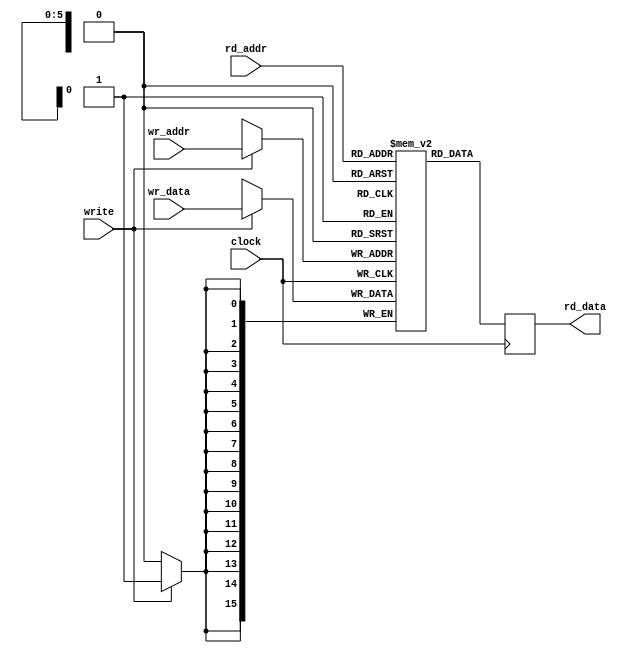


module ram64 (input clock, input write, 
	      input [5:0] wr_addr, input [15:0] wr_data,
	      input [5:0] rd_addr, output reg [15:0] rd_data);

   reg [15:0] 		ram_array [0:63];

   always @(posedge clock)
     rd_data <= #1 ram_array[rd_addr];

   always @(posedge clock)
     if(write)
       ram_array[wr_addr] <= #1 wr_data;

endmodule // ram64